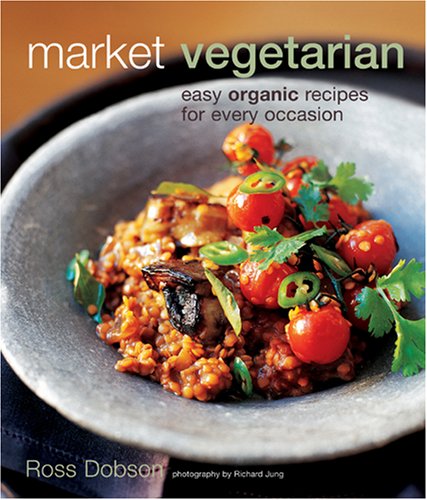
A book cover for Market Vegetarian: Easy Organic Recipes for Every Occasion; Ross Dobson; Cookbooks, Food & Wine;